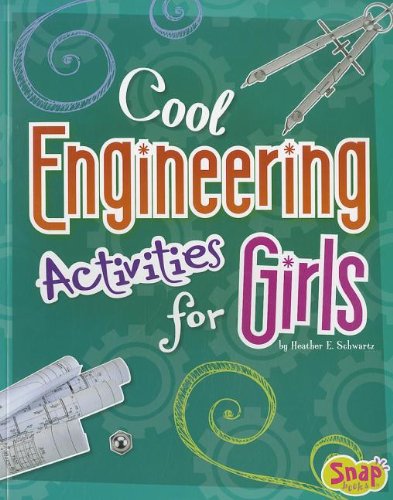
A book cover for Cool Engineering Activities for Girls (Girls Science Club); Heather E. Schwartz; Children's Books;